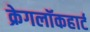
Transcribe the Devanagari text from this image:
क्रेगलॉकहार्ट